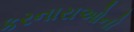
કરનારાઓનો